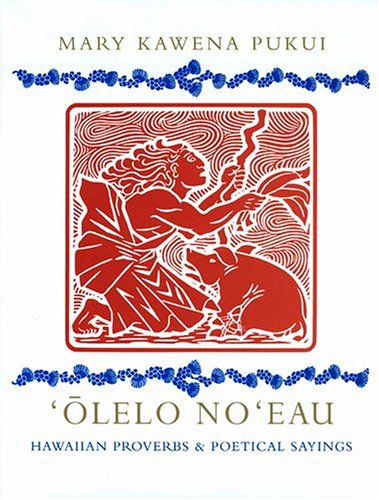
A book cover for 'Olelo No'eau : Hawaiian Proverbs & Poetical Sayings; Literature & Fiction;